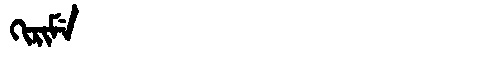
Manchu: ᡴᡳᡵᡳᠮᡝ
Romanization: KIRIME